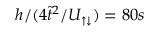
h / ( 4 \tilde { t } ^ { 2 } / U _ { \uparrow \downarrow } ) = 8 0 s